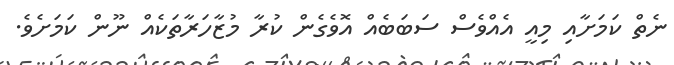
ނެތް ކަމަށާއި މިއީ އެއްވެސް ސަބަބެއް އޮވެގެން ކުރާ މުޒާހަރާތަކެއް ނޫން ކަމަށެވެ.